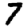
Digit: 7